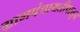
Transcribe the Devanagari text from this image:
ग्रामपंचायतीपासून